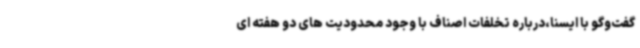
گفت‌وگو با ایسنا،درباره تخلفات اصناف با وجود محدودیت های دو هفته ای